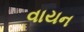
વાયન